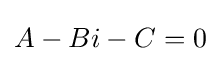
A-Bi-C=0